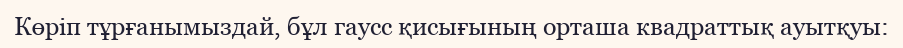
Көріп тұрғанымыздай, бұл гаусс қисығының орташа квадраттық ауытқуы: